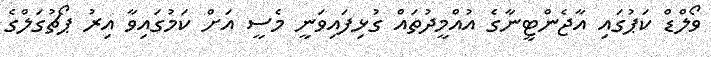
ވޯލްޑް ކަޕުގައި އާޖެންޓީނާގެ އުއްމީދުތައް ގުޅިފައިވަނީ މެސީ އަށް ކަމުގައިވާ އިރު ޕޯޗުގަލްގެ